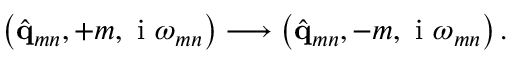
\left( \hat { \mathbf { q } } _ { m n } , + m , \mathrm { ~ i ~ } \omega _ { m n } \right) \longrightarrow \left( \hat { \mathbf { q } } _ { m n } , - m , \mathrm { ~ i ~ } \omega _ { m n } \right) .